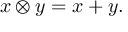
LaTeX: x \otimes y = x + y .